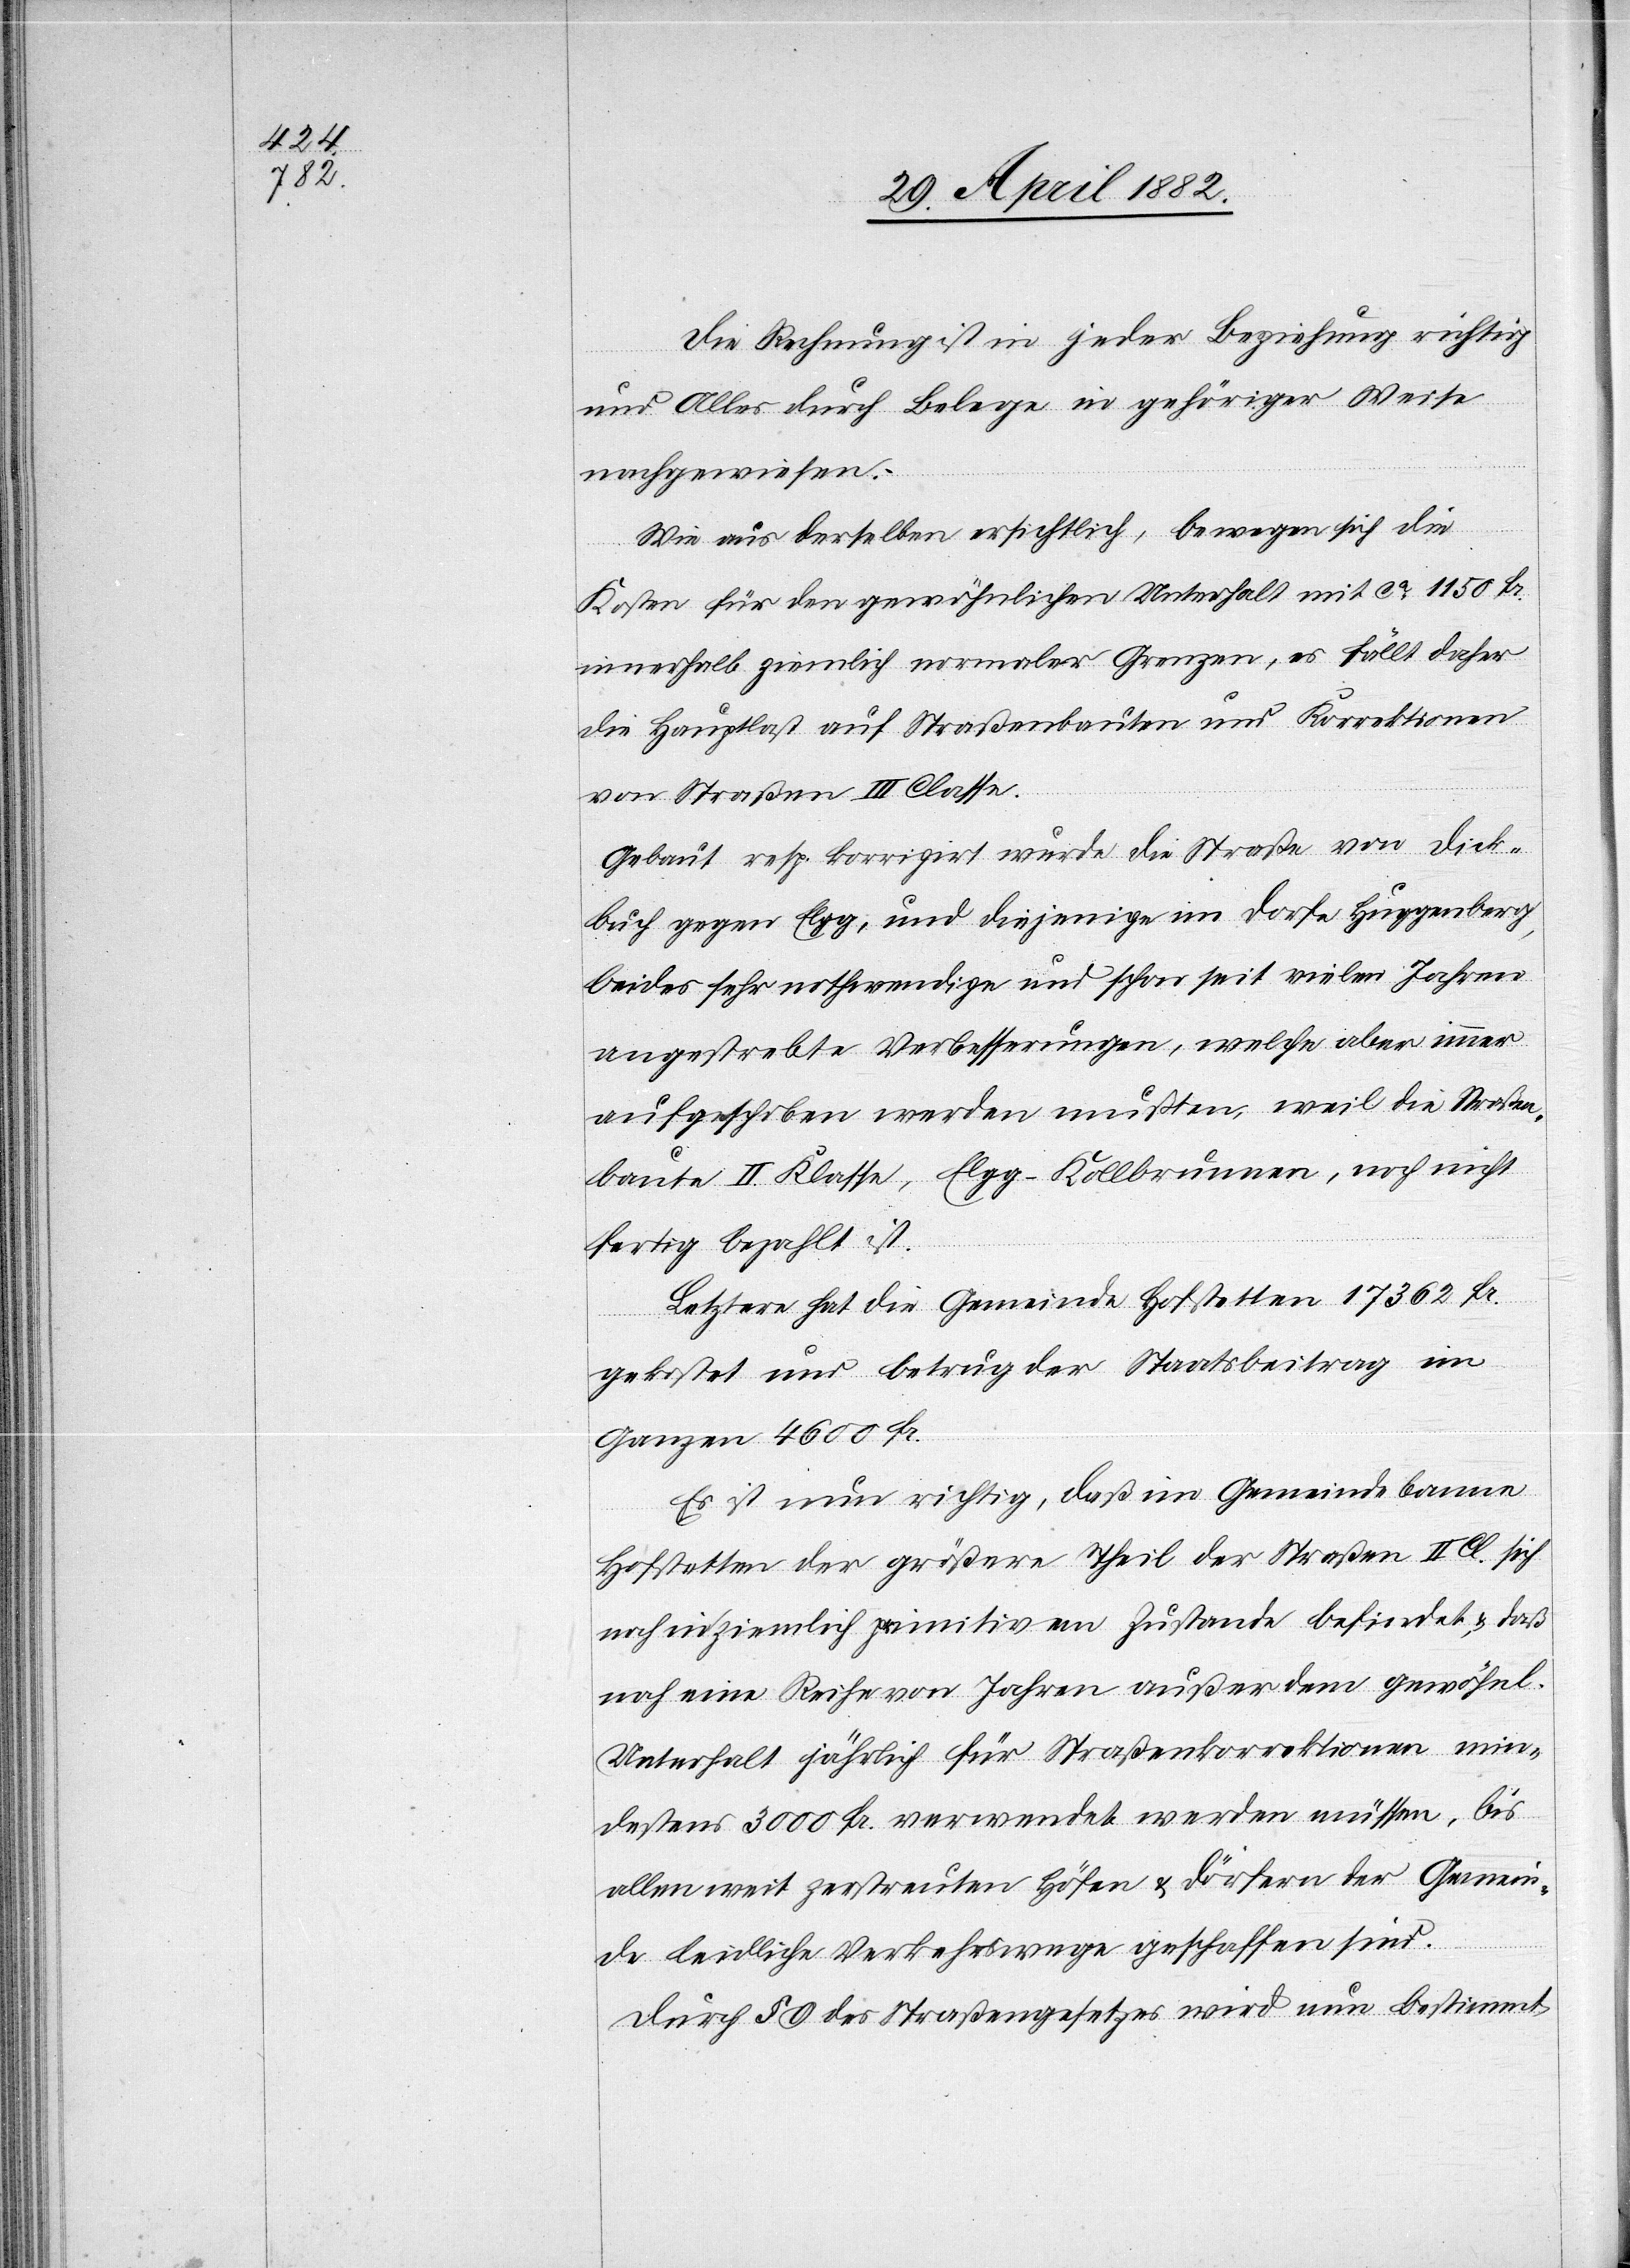
Die Rechnung ist in jeder Beziehung richtig
und Alles durch Belege in gehöriger Weise
nachgewiesen.
Wie aus derselben ersichtlich, bewegen sich die
Kosten für den gewöhnlichen Unterhalt mit ca 1150 Fr.
innerhalb ziemlich normaler Grenzen, es fällt daher
die Hauptlast auf Straßenbauten und Korrektionen
von Straßen III Classe.
Gebaut resp. korrigirt wurde die Straße von Dick¬
buch gegen Elgg, und diejenige im Dorfe Huggenberg,
beides sehr nothwendige und schon seit vielen Jahren
angestrebte Verbesserungen, welche aber immer
aufgeschoben werden mußten, weil die Straßen¬
baute II Klasse, Elgg–Kollbrunnen, noch nicht
fertig bezahlt ist.
Letztere hat die Gemeinde Hofstetten 17 362 Fr.
gekostet und betrug der Staatsbeitrag im
Ganzen 4600 Fr.
Es ist nun richtig, daß im Gemeindebanne
Hofstetten der größte Theil der Straßen II. Cl. sich
noch in ziemlich primitivem Zustande befindet, & daß
noch eine Reihe von Jahren außer dem gewöhnl.
Unterhalt jährlich für Straßenkorrektionen min¬
destens 3000 Fr. verwendet werden müssen, bis
allen weit zerstreuten Höfen & Dörfern der Gemein¬
de leidliche Verkehrswege geschaffen sind.
Durch § 9 des Straßengesetzes wird nun bestimmt,